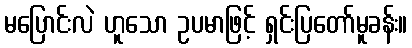
မပြောင်းလဲ ဟူသော ဥပမာဖြင့် ရှင်းပြတော်မူခန်း။